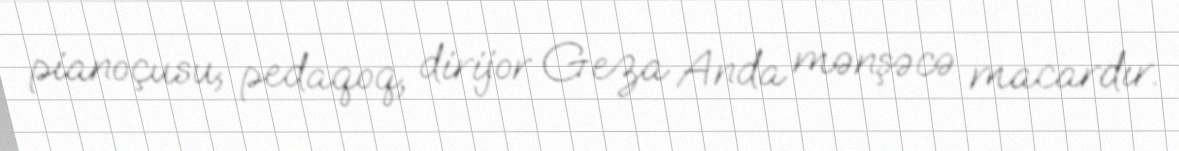
pianoçusu, pedaqoq, dirijor Geza Anda mənşəcə macardır.